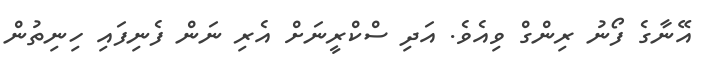
އޭނާގެ ފޯނު ރިންގް ވިއެވެ. އަދި ސްކްރީނަށް އެރި ނަން ފެނިފައި ހިނިތުން